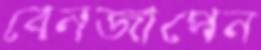
বেনজাপেন